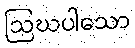
ဩဃပါသော